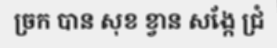
ច្រក បាន សុខ ខ្វាន សង្កែ ជ្រំ